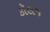
કૉલજ